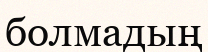
болмадың